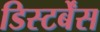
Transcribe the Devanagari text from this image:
डिस्टर्बेंस